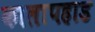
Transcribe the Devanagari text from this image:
कालापहाड